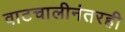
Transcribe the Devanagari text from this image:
वाटचालीनंतरही